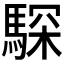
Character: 𩤞